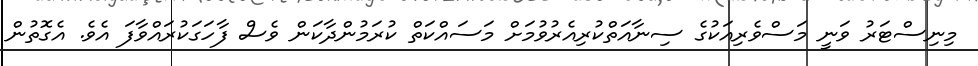
މިނިސްޓަރު ވަނީ މަސްވެރިއަކުގެ ސިނާއަތްކުރިއެރުވުމަށް މަސައްކަތް ކުރަމުންދާކަން ވެސް ފާހަގަކުރައްވާފަ އެވެ. އެގޮތުން